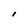
Character: 1